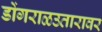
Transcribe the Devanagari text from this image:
डोंगराळउतारावर